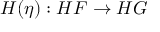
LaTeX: H ( \eta ) : H F \to H G